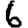
Digit: 6